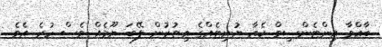
ބާއްވާ އިންޓެންސިވް ކެއާ ޔުނިޓެއްގެ އިތުރުން ލޭބަ ޔޫމެއް ވެސް ހުރެ އެވެ.